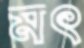
মৎ